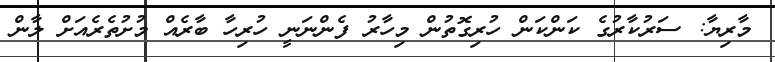
މާރިޔާ: ސަރުކާރުގެ ކަންކަން ހުރިގޮތުން މިހާރު ފެންނަނީ ހުރިހާ ބާރެއް މުށުތެރެއަށް ލާން